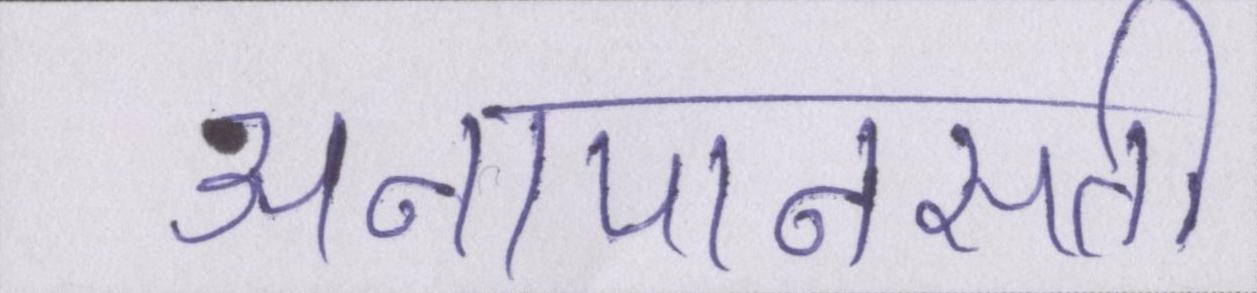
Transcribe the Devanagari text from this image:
अनापानसती